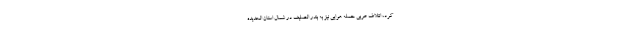
کرد، ائتلاف عربی حمله هوایی نیز به بندر الصلیف در شمال استان الحدیده